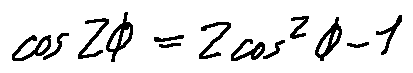
\cos 2 \phi = 2 \cos ^ { 2 } \phi - 1